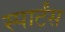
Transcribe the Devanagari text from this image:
स्पार्टंस